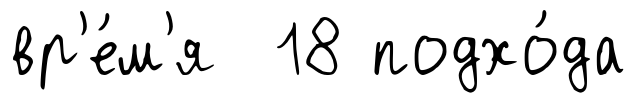
вр'е́м'я 18 подхо́да